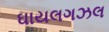
ઘાયલગઝલ